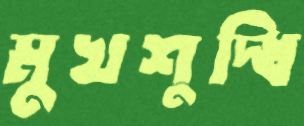
মুখশুদ্ধি